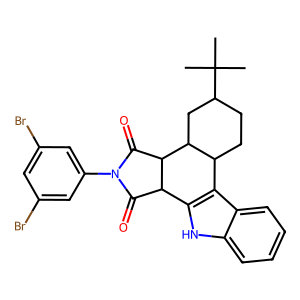
SMILES: CC(C)(C)C1CCC2c3c([nH]c4ccccc34)C3C(=O)N(c4cc(Br)cc(Br)c4)C(=O)C3C2C1
Inhibits HIV replication: No